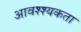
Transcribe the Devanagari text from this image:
आवश्श्यकता